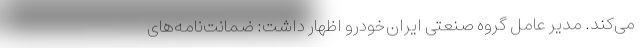
می‌کند. مدیر عامل گروه صنعتی ایران‌خودرو اظهار داشت: ضمانت‌نامه‌های